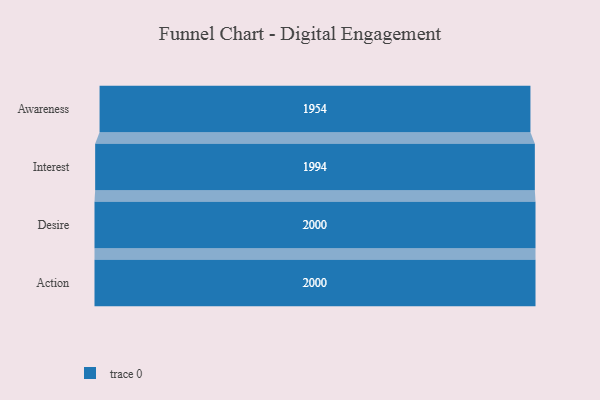
{"axis": {"x": "Stage", "y": "Value"}, "legend": [""], "data": [{"x": "Awareness", "y": 1954.0, "type": ""}, {"x": "Interest", "y": 1994.0, "type": ""}, {"x": "Desire", "y": 2000, "type": ""}, {"x": "Action", "y": 2000, "type": ""}]}